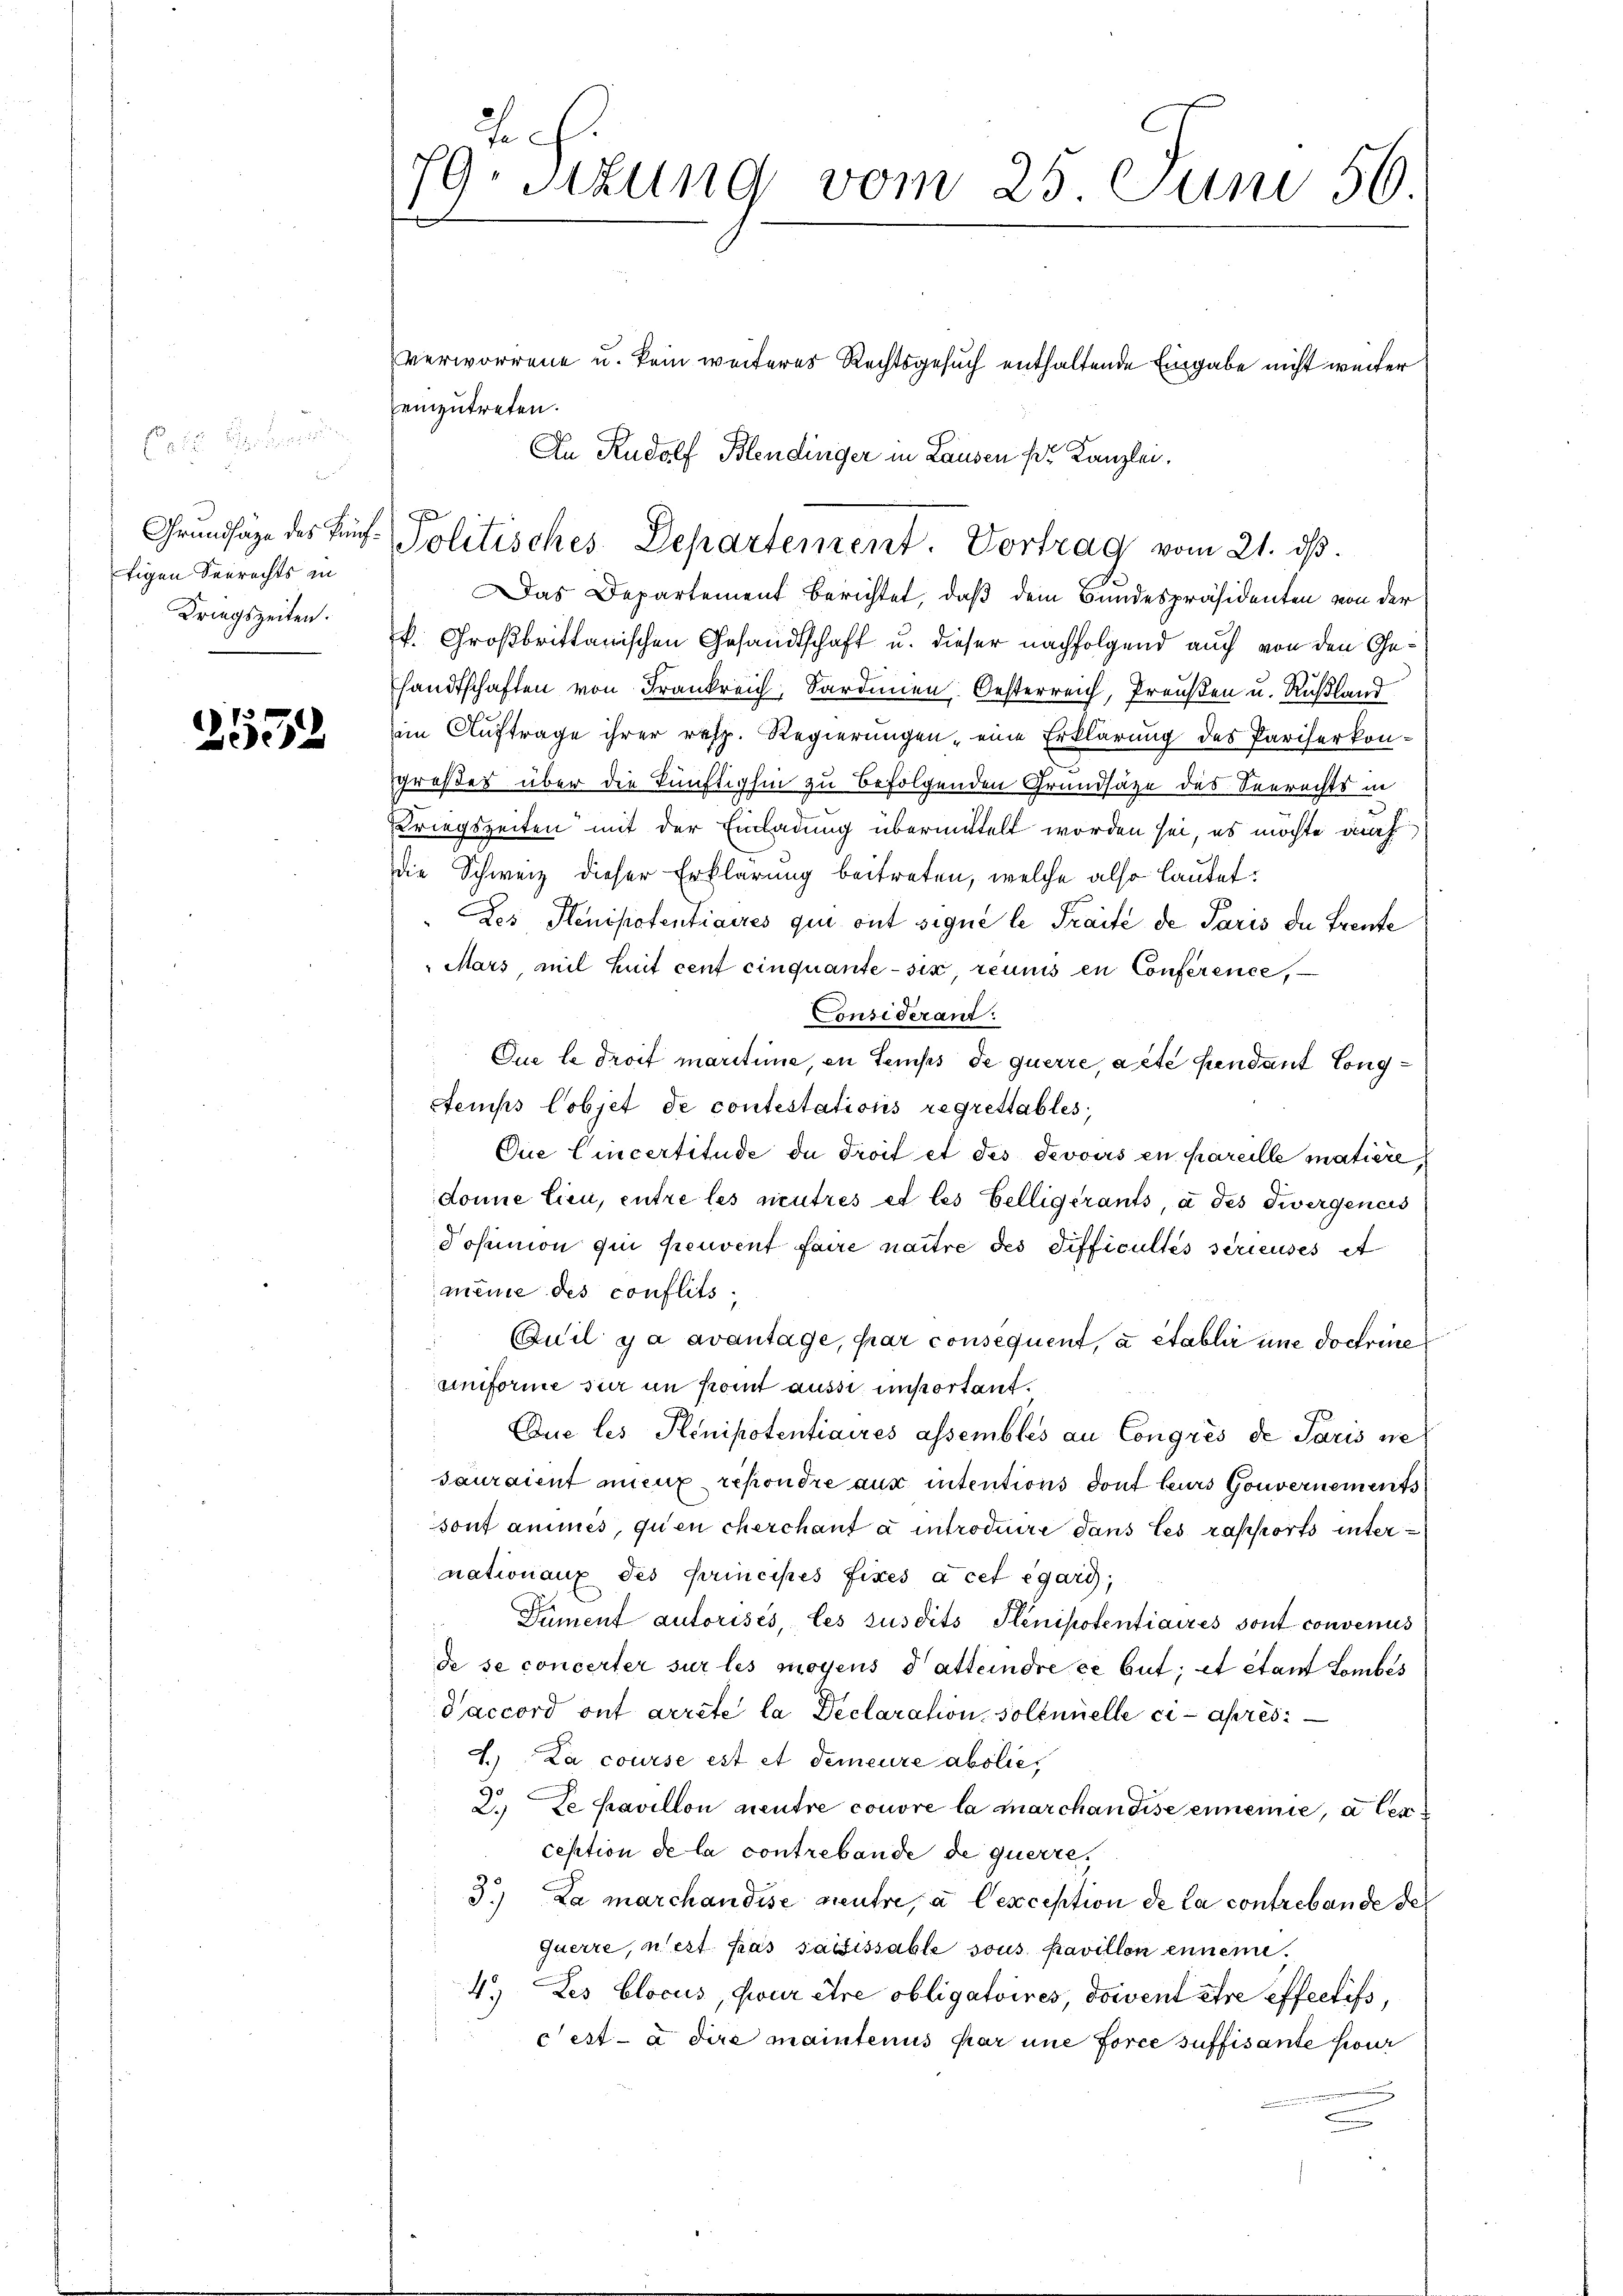
r
tigen Seerechts in
Driegszeiten.

1
2

Juch.
79. Sitzung vom 25. Juni 56.
f

verworrene u. kein weiteres Rechtsgesuch enthaltende Eingabe nicht weiter
einzutreten.
Das Departement berichtet, daß dem Bundespräsidenten von der
k. Großbritanischen Gesandtschaft u. dieser nachfolgend auch von den Gesandtschaften von Frankreich, Sardinen Oesterreich, Preußen u. Rußland
im Auftrage ihrer resp. Regierungen, eine Erklärung des Pariserkongroßes über die künftighin zu befolgenden Grundsätze des Seerechts in
Kriegszeiten mit der Einladung übermittelt worden sei, es möchte auch
die Schweiz dieser Erklärung beitreten, welche also lautet:
Des Stenipotentiaires qui ont signé le Traité de Paris die Freute
Mars mit huit cent cinquante-six, reumis en Conference,
Considerant:
Que le droit maritime, en temps de querre, acte pendant Cong¬
Aemps Cobjet de contestations regrettables,
Que Cincertitude du droit et des devoirs en pareille matière,
donne lieu, entre les mutres et les Belligerants, à des Zwergeners
Posunion qui peuvent faire naitre des Difficultés serieuses et
meine des conflits.
Quil y a avantage, par consequent, à établir une doctrine
uniforme für im komt aussi unsportant.
Que les Plenipotentiaires assembles an Congrés de Paris ne
sauraient mieux répondre aus intentions dont leurs Gouvernements
sont ammes, qu’en cherchant à introduire dans les rapports untermnation aux des Principés fixes à cet égard,
Dament autorisés, les susdits Senipotentiaires sont convenus
de se concerter sur les moyens d’atteindre ce Gut; et étant Lombés
Saccord ont arrete la Declaration sollerielle ci-après
2. La course est et demeure abolie,
2. Le pavillon neutre couvre la marchandise einemie, a lexception de la contrebande de querre
3.) Da marchandise neutre, a lexception de la contrebande des
querre, n’est pas saissable sous pavillon ennen.
4.) Les blocus, Gwur être obligatoires, doivent être effectifs,
cetta die maintenus par une force suffisante pour

An Rudolf Blendinger in Lausen pr. Kanzlei.
Grŭndsäge des fünf Politisches Departement. Vortrag vom 21. dβ.